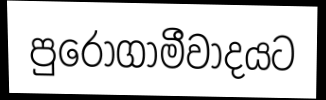
පුරෝගාමීවාදයට